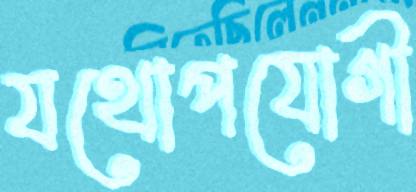
যথোপযোগী